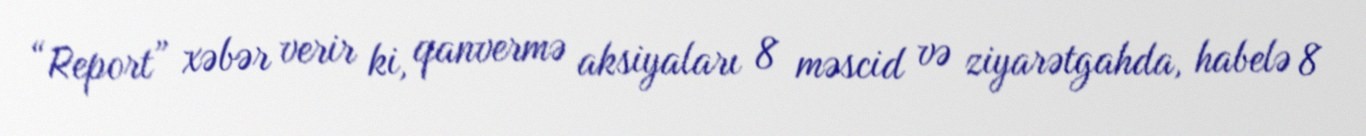
“Report” xəbər verir ki, qanvermə aksiyaları 8 məscid və ziyarətgahda, habelə 8